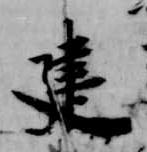
建